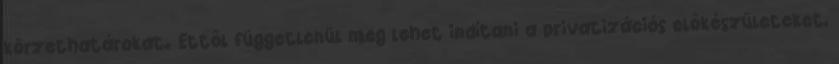
körzethatárokat. Ettől függetlenül meg lehet indítani a privatizációs előkészületeket,